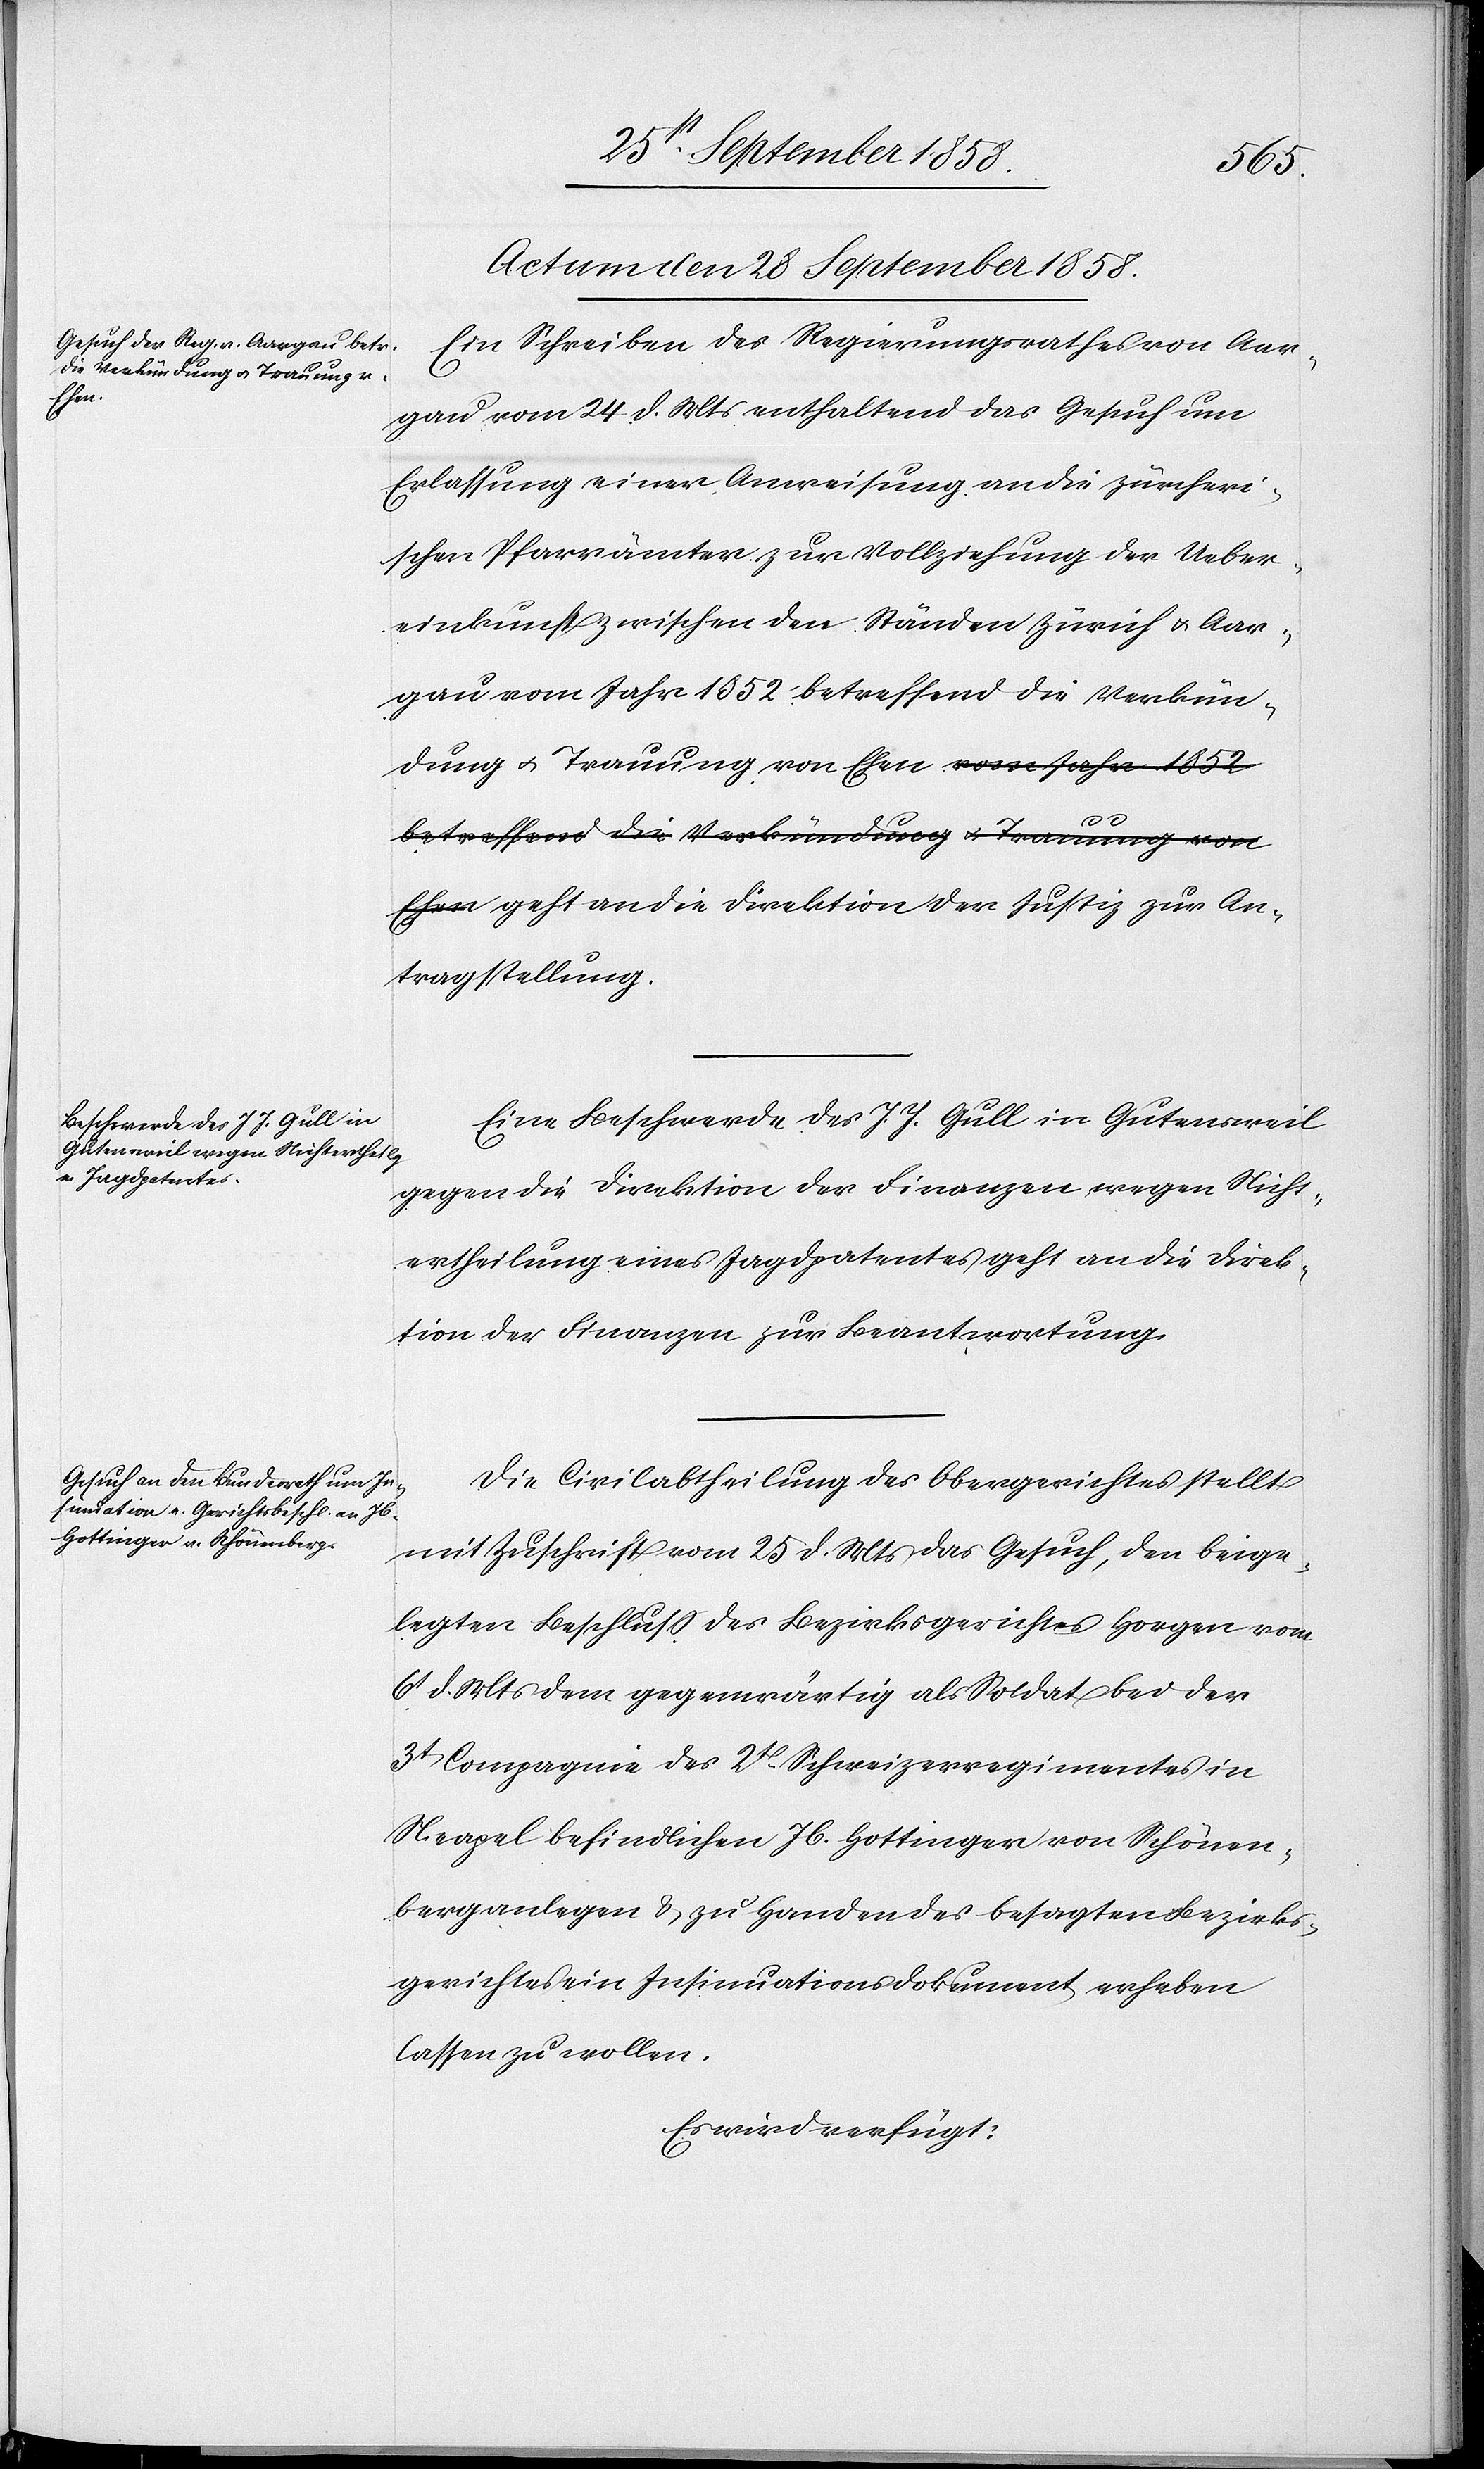
Actum den 28 September 1858.]
Ein Schreiben des Regierungsrathes von Aar¬
von
gau vom 24 d. Mts enthaltend das Gesuch um
Erlassung einer Anweisung an die zürcheri¬
schen Pfarrämter zur Vollziehung der Ueber¬
einkunft zwischen den Ständen Zürich & Aar¬
gau vom Jahr 1852 betreffend die Verkün¬
Ehen geht an die Direktion der Justiz zur An¬
tragstellung.
Eine Beschwerde des J. J. Gull in Gutensweil
gegen die Direktion der Finanzen wegen Nicht¬
ertheilung eines Jagdpatentes geht an die Direk¬
tion der Finanzen zur Beantwortung.
Die Civilabtheilung des Obergerichtes stellt
mit Zuschrift vom 25 d. Mts das Gesuch, den beige¬
legten Beschluss des Bezirksgerichtes Horgen vom
6t d. Mts dem gegenwärtig als Soldat bei der
3t Compagnie des 2t. Schweizerregimentes in
Neapel befindlichen Jb. Hottinger von Schönen¬
berg anlegen & zu Handen des besagten Bezirks¬
gerichtes ein Insinuationsdokument erheben
lassen zu wollen.
Es wird verfügt: